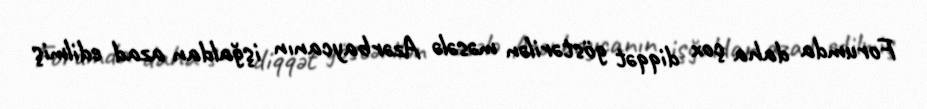
Forumda daha çox diqqət göstərilən məsələ Azərbaycanın işğaldan azad edilmiş